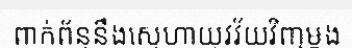
ពាក់ព័ន្ធនឹងស្នេហាយុវវ័យវិញម្តង